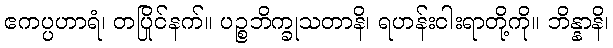
ဧကပ္ပဟာရံ၊ တပြိုင်နက်။ ပဉ္စဘိက္ခုသတာနိ၊ ရဟန်းငါးရာတို့ကို။ ဘိန္နာနိ၊